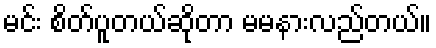
မင်း စိတ်ပူတယ်ဆိုတာ မမနားလည်တယ်။